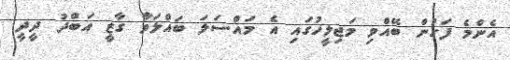
އެންމެ ފަހުން ބޭއްވި މަޖިލީހުގައި އެ މައްސަލަ ބައްލަވާ ގާޒީ އަބްދު ދީދީ